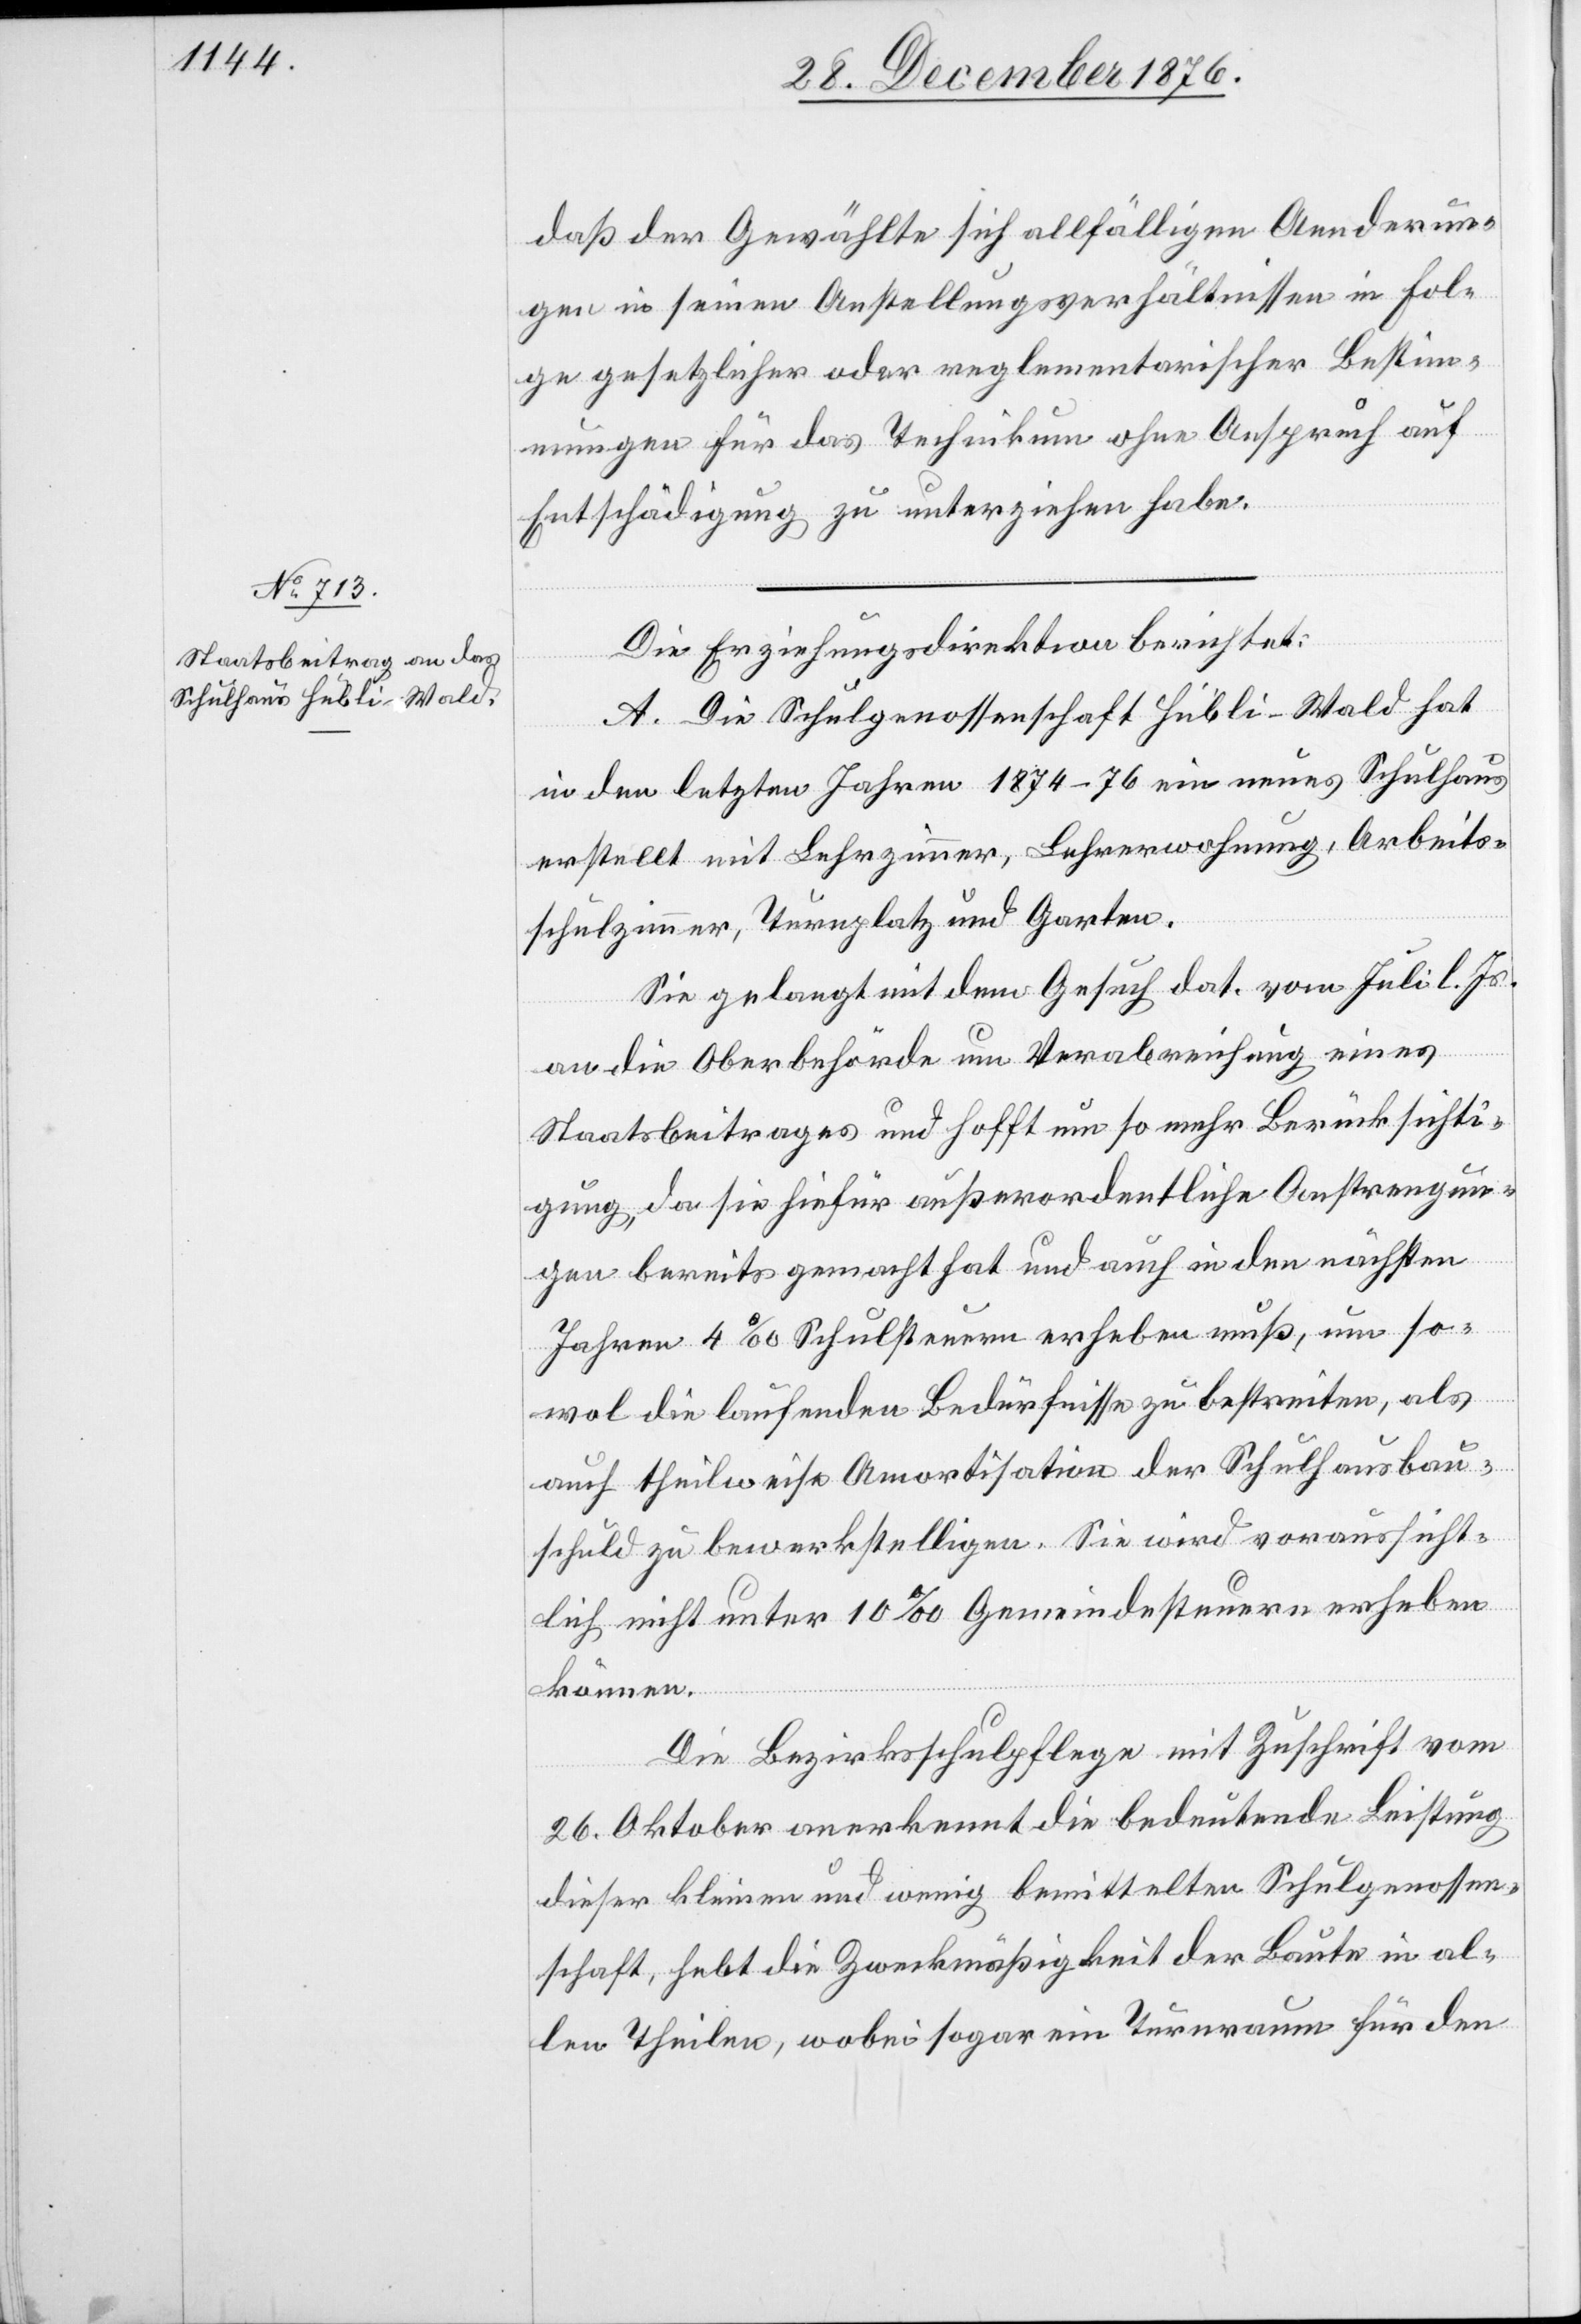
daß der Gewählte sich allfälligen Aenderun¬
gen in seinen Anstellungsverhältnissen in Fol¬
ge gesetzlicher oder reglementarischer Bestim¬
mungen für das Technikum ohne Anspruch auf
Entschädigung zu unterziehen habe.
Die Erziehungsdirektion berichtet:
A. Die Schulgenossenschaft Hübli - Wald hat
in den letzten Jahren 1874–76 ein neues Schulhaus
erstellt mit Lehrzimmer, Lehrerwohnung, Arbeits¬
schulzimmer, Turnplatz und Garten.
Sie gelangt mit dem Gesuch dat. vom Juli l. Js.
an die Oberbehörde um Verabreichung eines
Staatsbeitrages und hofft um so mehr Berücksichti¬
gung, da sie hiefür außerordentliche Anstrengun¬
gen bereits gemacht hat und auch in den nächsten
Jahren 4‰ Schulsteuern erheben muß, um so¬
wol die laufenden Bedürfnisse zu bestreiten, als
auch theilweise Amortisation der Schulhausbau¬
schuld zu bewerkstelligen. Sie wird voraussicht¬
lich nicht unter 10‰ Gemeindesteuern erheben
können.
Die Bezirksschulpflege mit Zuschrift vom
26. Oktober anerkennt die bedeutende Leistung
dieser kleinen und wenig bemittelten Schulgenossen¬
schaft, hebt die Zweckmäßigkeit der Baute in al¬
len Theilen, wobei sogar ein Turnraum für den